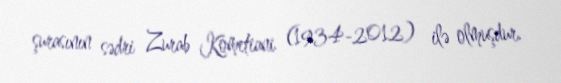
şurasının sədri Zurab Kometiani (1934-2012) ilə olmuşdur.